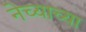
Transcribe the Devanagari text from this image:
नेच्याच्या